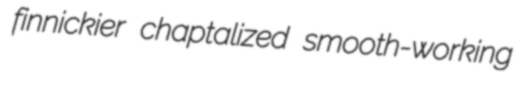
finnickier chaptalized smooth-working